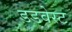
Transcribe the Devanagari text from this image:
डडवेस्ट